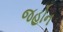
જહોન